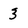
Character: 3